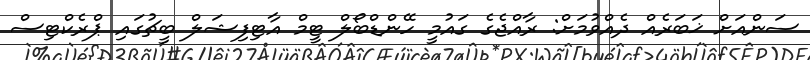
ސަންއަށް ޚަބަރެއް ދެއްވުމަށް: ރާއްޖެގެ ގައުމީ ހޭންޑްބޯލް ޓީމް އާޓިފިޝަލް ބީޗުގައި ޕްރެކްޓިސް